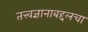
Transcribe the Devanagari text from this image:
तत्त्वज्ञानाबद्दलचा